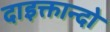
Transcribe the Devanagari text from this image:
दाइक्तान्दो